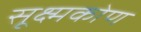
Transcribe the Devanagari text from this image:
सूक्ष्मकोण